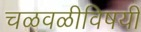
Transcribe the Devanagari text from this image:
चळवळीविषयी